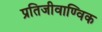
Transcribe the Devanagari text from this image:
प्रतिजीवाण्विक